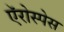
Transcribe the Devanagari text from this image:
ऍरोस्पेस